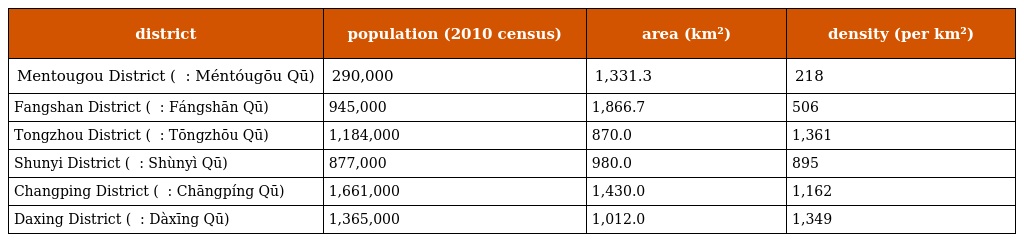
| district | population (2010 census) | area (km²) | density (per km²) |
 | --- | --- | --- | --- |
 | Mentougou District ( 门头沟区 : Méntóugōu Qū) | 290,000 | 1,331.3 | 218 |
 | Fangshan District ( 房山区 : Fángshān Qū) | 945,000 | 1,866.7 | 506 |
 | Tongzhou District ( 通州区 : Tōngzhōu Qū) | 1,184,000 | 870.0 | 1,361 |
 | Shunyi District ( 顺义区 : Shùnyì Qū) | 877,000 | 980.0 | 895 |
 | Changping District ( 昌平区 : Chāngpíng Qū) | 1,661,000 | 1,430.0 | 1,162 |
 | Daxing District ( 大兴区 : Dàxīng Qū) | 1,365,000 | 1,012.0 | 1,349 |